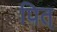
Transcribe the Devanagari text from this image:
पित्‌